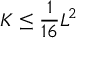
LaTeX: K \leq { \frac { 1 } { 1 6 } } L ^ { 2 }